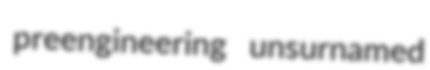
preengineering unsurnamed